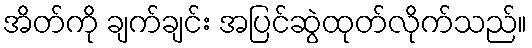
အိတ်ကို ချက်ချင်း အပြင်ဆွဲထုတ်လိုက်သည်။